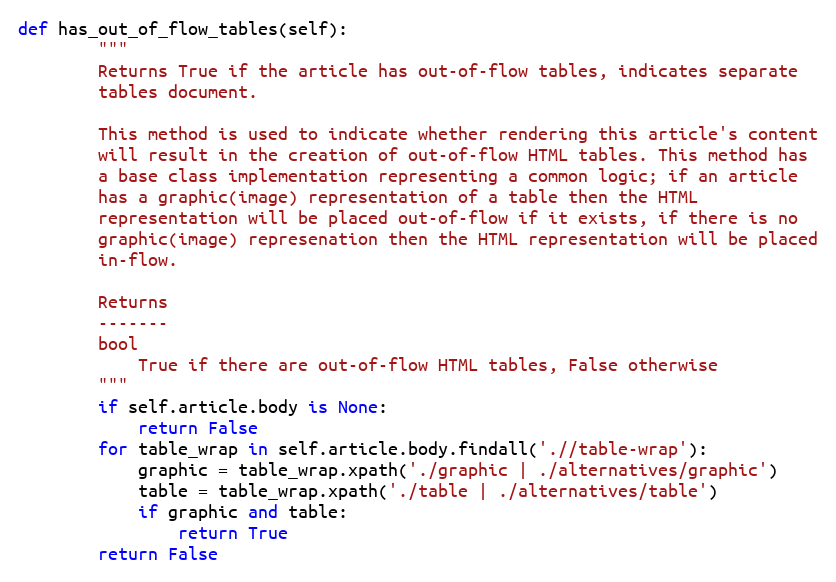
Language: Python
def has_out_of_flow_tables(self):
        """
        Returns True if the article has out-of-flow tables, indicates separate
        tables document.

        This method is used to indicate whether rendering this article's content
        will result in the creation of out-of-flow HTML tables. This method has
        a base class implementation representing a common logic; if an article
        has a graphic(image) representation of a table then the HTML
        representation will be placed out-of-flow if it exists, if there is no
        graphic(image) represenation then the HTML representation will be placed
        in-flow.

        Returns
        -------
        bool
            True if there are out-of-flow HTML tables, False otherwise
        """
        if self.article.body is None:
            return False
        for table_wrap in self.article.body.findall('.//table-wrap'):
            graphic = table_wrap.xpath('./graphic | ./alternatives/graphic')
            table = table_wrap.xpath('./table | ./alternatives/table')
            if graphic and table:
                return True
        return False